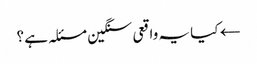
← کیا یہ واقعی سنگین مسئلہ ہے ؟